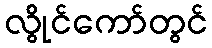
လွိုင်ကော်တွင်